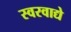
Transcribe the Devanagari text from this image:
स्वरवाद्ये